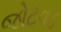
જોટવડ